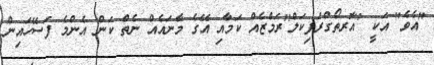
"އެވެ" އަކީ "އޮރތޯގްރަފިކަލް"ރަމްޒެއް ކަމާއި އޭގެ މާނައެއް ނެތް ކަން އެންމެ ފަސޭހައިން